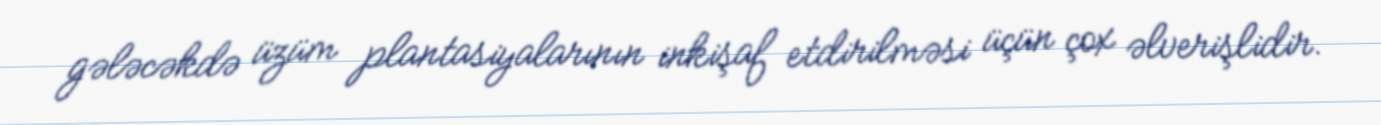
gələcəkdə üzüm plantasiyalarının inkişaf etdirilməsi üçün çox əlverişlidir.